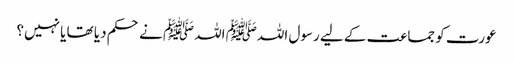
عورت کو جماعت کے لیے رسول اللہﷺ اللہﷺ نے حکم دیا تھا یا نہیں؟